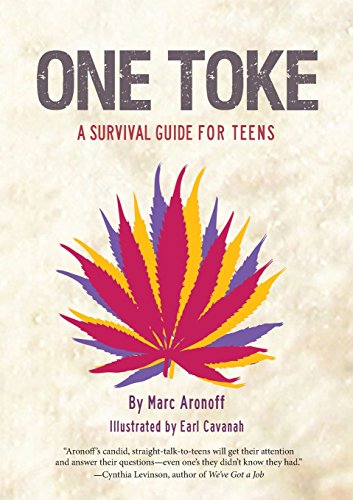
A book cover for One Toke: A Survival Guide for Teens; Marc Aronoff; Teen & Young Adult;